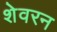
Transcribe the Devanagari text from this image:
शेवरन